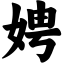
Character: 娉